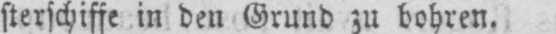
sterschiffe in den Grund zu bohren.